system: You are a helpful assistant.
user:
Analyze the provided spectrum to determine if it is a **M-type Giant (gM)**.

A M-type Giant spectrum is defined by its **strong molecular absorption** features, particularly from **Titanium Oxide (TiO)**. You must check for one of the following mutually exclusive signatures:

- **Key Visual Indicators (Absorption-Dominated Spectrum):**

    - **(Primary):** The spectrum is dominated by strong molecular absorption from **Titanium Oxide (TiO)**. This is the **defining feature** of its M-type temperature class.
        - **(Key Bandheads):** Look for sharp, "saw-tooth" absorption valleys. The strongest are located near **~7050 Å**, **~6160 Å**, and **~5170 Å**.
        - **(Line Profile):** The "saw-tooth" morphology is critical: a **sharp, steep drop on the BLUE (short-wavelength) side** of the bandhead, followed by a gradual recovery (rising flux) towards the RED (long-wavelength) side.

    - **(Key Confirmation - Giant vs. Dwarf):** **ABSENCE** of strong **Calcium Hydride (CaH)** molecular bands. This is the primary diagnostic for *excluding* M-dwarfs.
        - **(Key Region):** The spectrum should lack the strong, broad absorption band seen in dwarfs between **~6800 Å and ~7000 Å**.

    - **(Secondary Confirmation - Giant):** A very strong and broad **Neutral Calcium (Ca I)** atomic absorption line.
        - **(Key Line):** Located at **~4226 Å**. In a giant (gM), this line is significantly deeper and broader than the same line in an M-dwarf (dM) due to low surface gravity.

    - **(Overall Spectrum):**
        - The continuum is **extremely red-sloping** (i.e., flux is very low in the blue and rises dramatically towards the red).
        - The entire spectrum appears "chopped up" by the deep TiO bands.

Think first, call **spectral_visualization_tool** if needed to examine features in detail, then provide your final answer. Your response must adhere to the following strict rules:
1.  **Overall Structure:** Your response must follow the format `<think>...</think> <tool_call>...</tool_call> (if a tool is used) <answer>...</answer>`.
2.  **Tool Usage Constraint:** You may only make **one** tool call per turn.
3.  **Final Answer Format:** In the `<answer>` tag, your conclusion must be inside a `\boxed{}` command (e.g., `\boxed{YES}` or `\boxed{NO}`), followed by your justification.

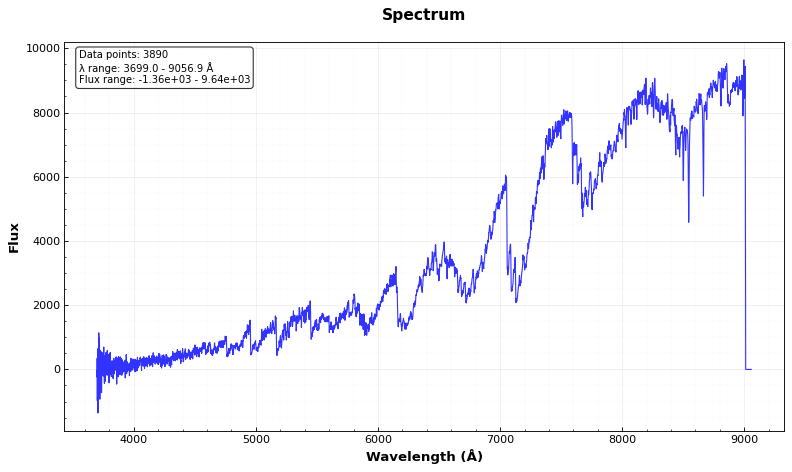
Answer: YES